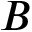
B